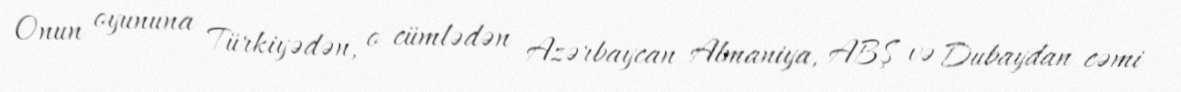
Onun oyununa Türkiyədən, o cümlədən Azərbaycan Almaniya, ABŞ və Dubaydan cəmi